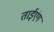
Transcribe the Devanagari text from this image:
ताईएंग